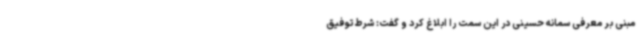
مبنی بر معرفی سمانه حسینی در این سمت را ابلاغ کرد و گفت: شرط توفیق